Source: Handwritten
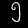
Digit: ၅ (5)